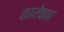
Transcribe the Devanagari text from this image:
कामेषणा